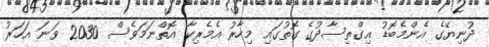
ދުނިޔޭގެ އެންމެބޮޑު އިގްތިސާދުގެ ގޮތުގައި މިހާރު އެމެރިކާ އޮތްނަމަވެސް 2030 ވަނަ އަހަރު